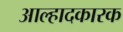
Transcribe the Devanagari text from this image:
आल्हादकारक